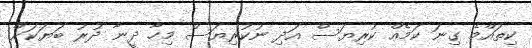
ކިތައްމެ ގިނަ ކަމެއް ކުރިޔަސް އަދި ނުކުރިޔަސް މިހާ ދީނާ ދުރު ބަޔަކަށް